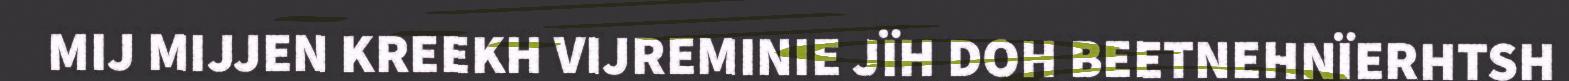
MIJ MIJJEN KREEKH VIJREMINIE JÏH DOH BEETNEHNÏERHTSH